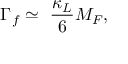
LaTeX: \Gamma _ { f } \simeq ~ \frac { \kappa _ { L } } { 6 } M _ { F } ,